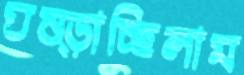
ঘষ্‌ড়াচ্ছিলাম